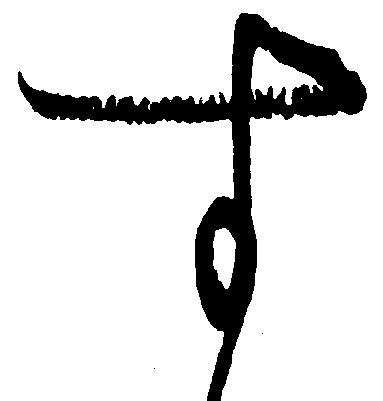
す